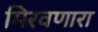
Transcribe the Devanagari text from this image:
मिरवणारा